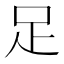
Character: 足